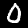
Digit: 0